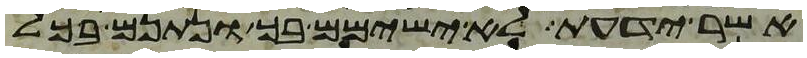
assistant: אשר ידעת לא ישימם בך ונתנם בכל